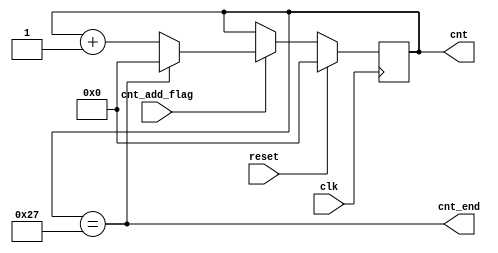
module counter#(
    parameter CNT_SIZE = 32 + 8,
    parameter CNT_SIZE_WIDTH = 6
) (
    input clk,
    input reset,
    input cnt_add_flag,
    output [CNT_SIZE_WIDTH-1:0] cnt,
    output cnt_end
);
reg [CNT_SIZE_WIDTH-1:0] cnt_r;
assign cnt = cnt_r;

always @(posedge clk) begin
    if (reset) begin
        cnt_r <= 0;
    end else if (cnt_add_flag) begin
        if (cnt_end) begin
            cnt_r <= 0;
        end else begin
            cnt_r <= cnt_r + 1;
        end
    end
end
/* verilator lint_off WIDTH */
assign cnt_end = cnt == CNT_SIZE - 1;
/* verilator lint_on WIDTH */
endmodule